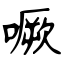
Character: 噘